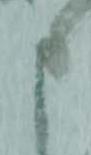
申